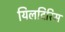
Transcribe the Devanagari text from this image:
यिलदिरिम